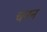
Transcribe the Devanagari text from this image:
चनन